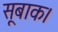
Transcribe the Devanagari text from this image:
सूबाक।